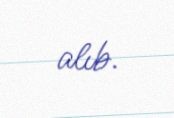
alıb.